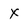
Character: x